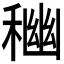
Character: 𥠃